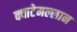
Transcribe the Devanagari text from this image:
क्वाटेमल्लान